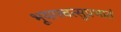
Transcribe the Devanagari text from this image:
भूयात्त्वत्सुप्रभातं